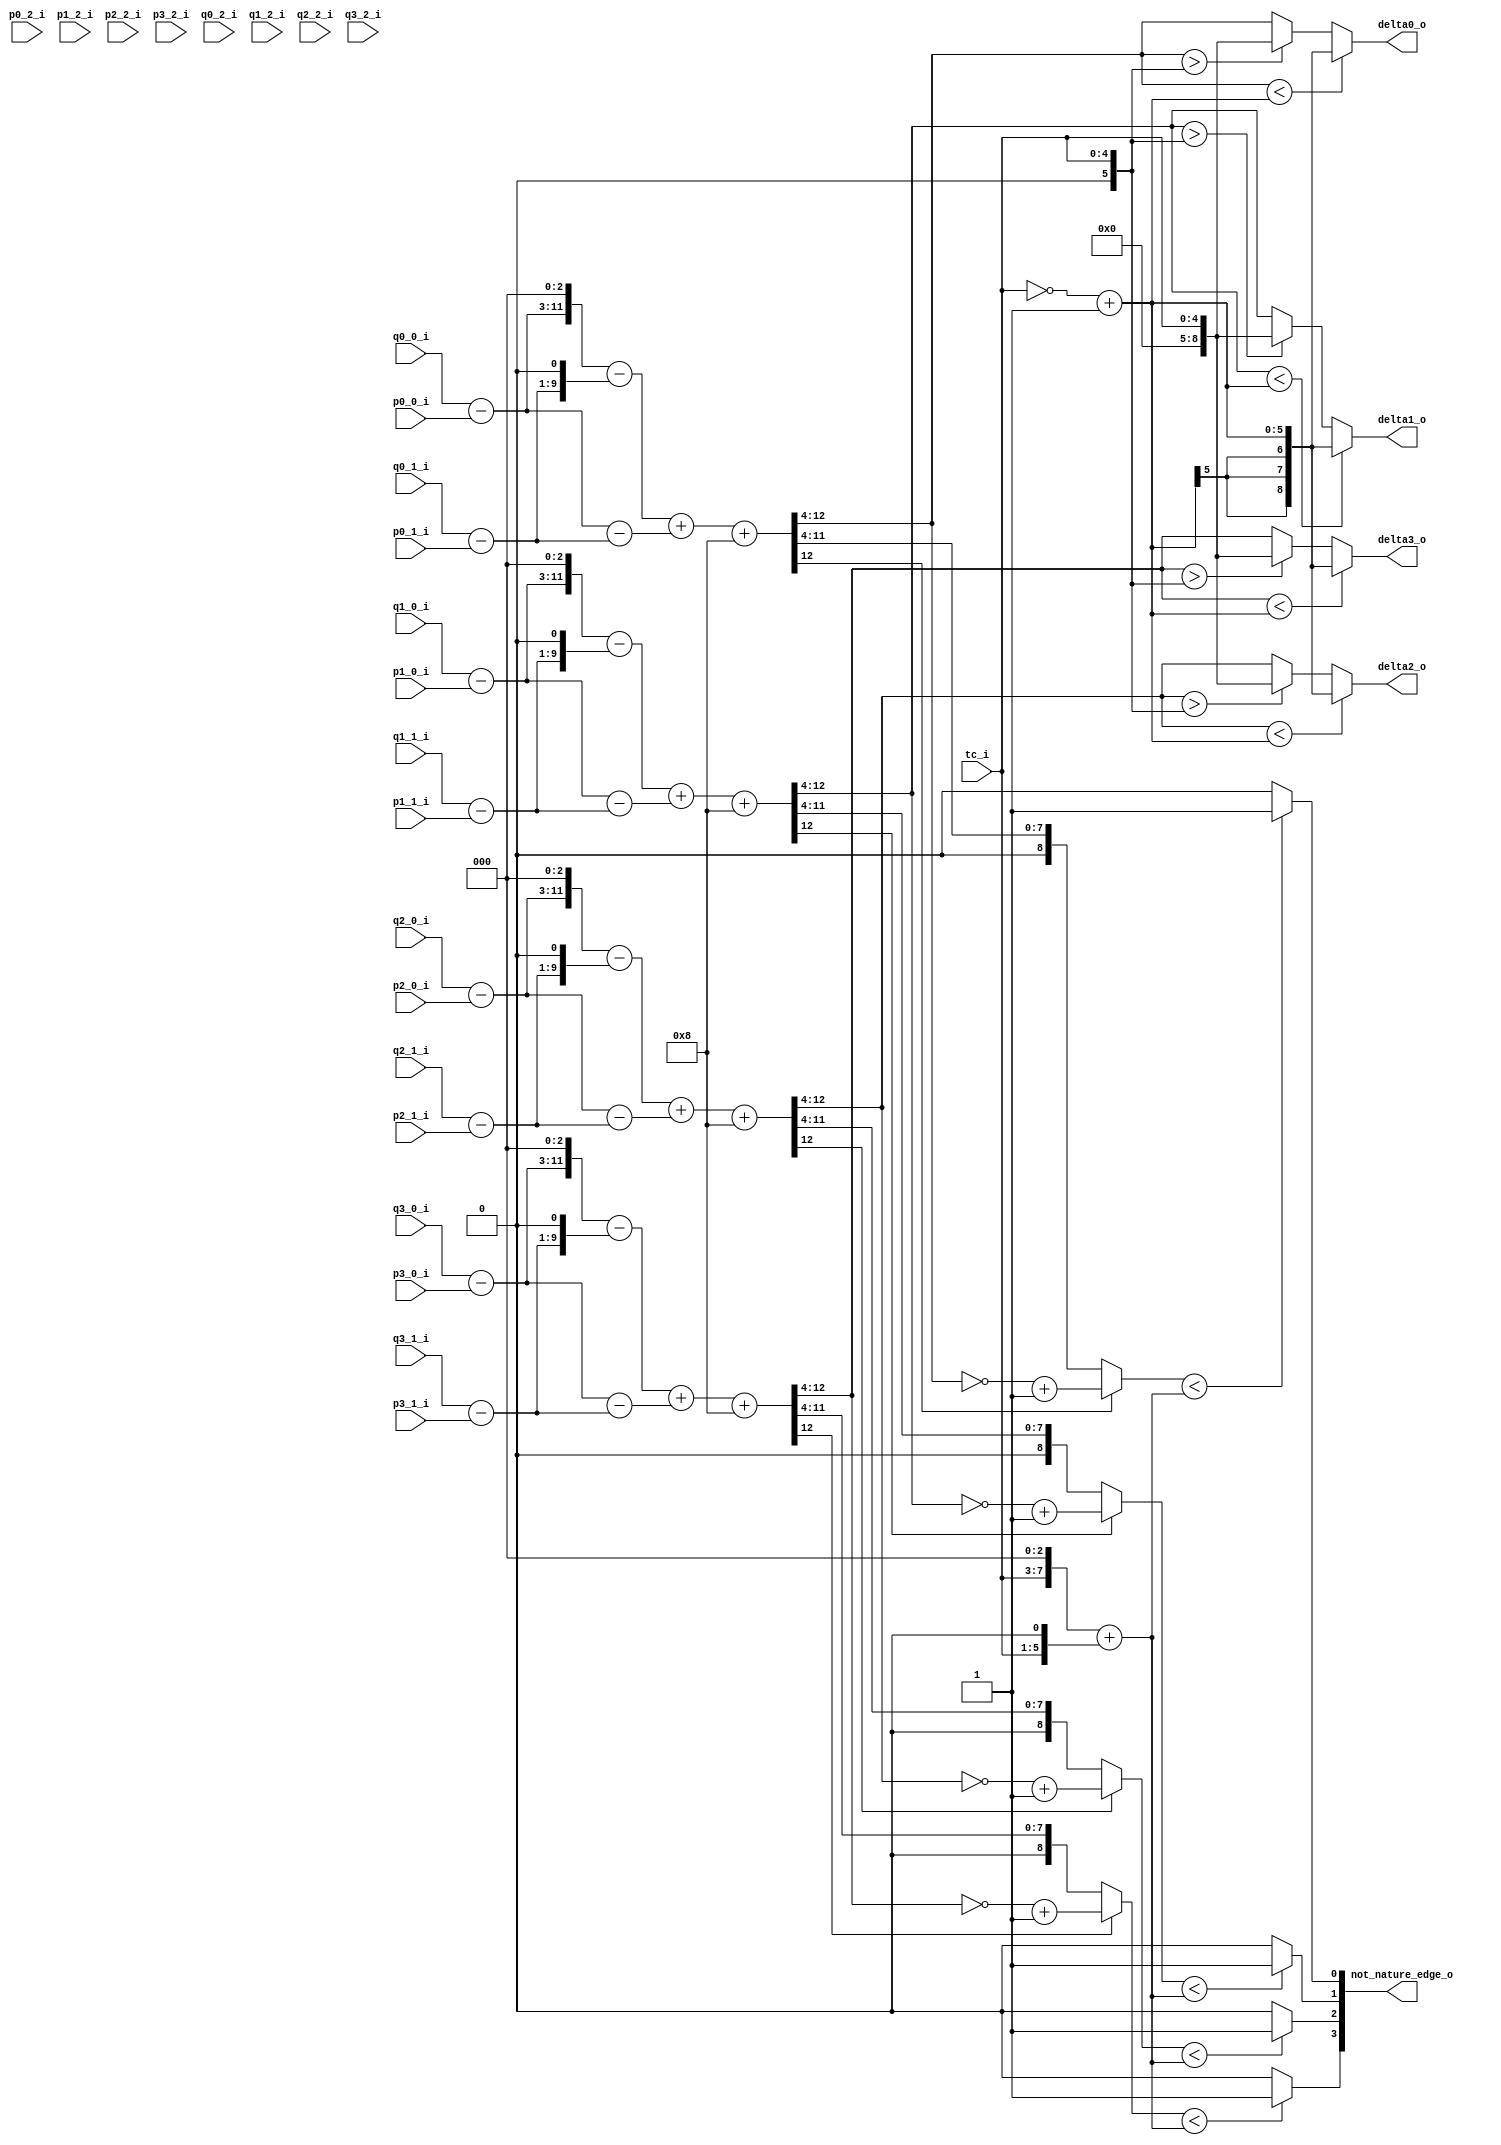
module db_normal_filter_1(
							tc_i,
							p0_0_i  ,  p0_1_i  ,  p0_2_i ,
							p1_0_i  ,  p1_1_i  ,  p1_2_i ,
							p2_0_i  ,  p2_1_i  ,  p2_2_i ,
							p3_0_i  ,  p3_1_i  ,  p3_2_i ,
							                             
							q0_0_i  ,  q0_1_i  ,  q0_2_i ,
							q1_0_i  ,  q1_1_i  ,  q1_2_i ,
							q2_0_i  ,  q2_1_i  ,  q2_2_i ,
							q3_0_i  ,  q3_1_i  ,  q3_2_i ,
							
							delta0_o ,
							delta1_o ,
							delta2_o ,
							delta3_o ,
							
							not_nature_edge_o   
							);
//-------------------------- -------------------------------------------------
//
//                        INPUT/OUTPUT DECLARATION 
//
//----------------------------------------------------------------------------
input [4:0] tc_i      ;

input [7:0] p0_0_i  ,  p0_1_i  ,  p0_2_i  ,
		    p1_0_i  ,  p1_1_i  ,  p1_2_i  ,
		    p2_0_i  ,  p2_1_i  ,  p2_2_i  ,
		    p3_0_i  ,  p3_1_i  ,  p3_2_i  ;
                                             
input [7:0] q0_0_i  ,  q0_1_i  ,  q0_2_i  ,
            q1_0_i  ,  q1_1_i  ,  q1_2_i  ,
            q2_0_i  ,  q2_1_i  ,  q2_2_i  ,
            q3_0_i  ,  q3_1_i  ,  q3_2_i  ;
		
output [8:0]  delta0_o	 	;
output [8:0]  delta1_o	 	;
output [8:0]  delta2_o	 	;
output [8:0]  delta3_o	 	;

output [3:0] not_nature_edge_o  ;

wire signed [8:0]  delta0_o  ;
wire signed [8:0]  delta1_o  ;
wire signed [8:0]  delta2_o  ;
wire signed [8:0]  delta3_o  ;
//---------------------------------------------------------------------------
//
//              COMBINATION  CIRCUIT:cacl amplitude
//
//----------------------------------------------------------------------------
wire signed [8:0]  p0_0_s_w  =  {1'b0 , p0_0_i } ;
wire signed [8:0]  p0_1_s_w  =  {1'b0 , p0_1_i } ;
wire signed [8:0]  p0_2_s_w  =  {1'b0 , p0_2_i } ;
wire signed [8:0]  p1_0_s_w  =  {1'b0 , p1_0_i } ;
wire signed [8:0]  p1_1_s_w  =  {1'b0 , p1_1_i } ;
wire signed [8:0]  p1_2_s_w  =  {1'b0 , p1_2_i } ;
wire signed [8:0]  p2_0_s_w  =  {1'b0 , p2_0_i } ;
wire signed [8:0]  p2_1_s_w  =  {1'b0 , p2_1_i } ;
wire signed [8:0]  p2_2_s_w  =  {1'b0 , p2_2_i } ;
wire signed [8:0]  p3_0_s_w  =  {1'b0 , p3_0_i } ;
wire signed [8:0]  p3_1_s_w  =  {1'b0 , p3_1_i } ;
wire signed [8:0]  p3_2_s_w  =  {1'b0 , p3_2_i } ;
                                                
wire signed [8:0]  q0_0_s_w  =  {1'b0 , q0_0_i } ;
wire signed [8:0]  q0_1_s_w  =  {1'b0 , q0_1_i } ;
wire signed [8:0]  q0_2_s_w  =  {1'b0 , q0_2_i } ;
wire signed [8:0]  q1_0_s_w  =  {1'b0 , q1_0_i } ;
wire signed [8:0]  q1_1_s_w  =  {1'b0 , q1_1_i } ;
wire signed [8:0]  q1_2_s_w  =  {1'b0 , q1_2_i } ;
wire signed [8:0]  q2_0_s_w  =  {1'b0 , q2_0_i } ;
wire signed [8:0]  q2_1_s_w  =  {1'b0 , q2_1_i } ;
wire signed [8:0]  q2_2_s_w  =  {1'b0 , q2_2_i } ;
wire signed [8:0]  q3_0_s_w  =  {1'b0 , q3_0_i } ;
wire signed [8:0]  q3_1_s_w  =  {1'b0 , q3_1_i } ;
wire signed [8:0]  q3_2_s_w  =  {1'b0 , q3_2_i } ;

wire [8:0] tc_mux_10 = (tc_i<<3) + (tc_i<<1) ;

wire signed  [5:0] tc_x = ~tc_i + 1'b1 ;
wire signed  [5:0] tc_y = {1'b0,tc_i};

//1 pixel filtered  
wire  signed [8:0]  qm_p00      =  q0_0_s_w - p0_0_s_w   ; 
wire  signed [8:0]  qm_p10      =  q1_0_s_w - p1_0_s_w   ; 
wire  signed [8:0]  qm_p20      =  q2_0_s_w - p2_0_s_w   ; 
wire  signed [8:0]  qm_p30      =  q3_0_s_w - p3_0_s_w   ; 

wire  signed [8:0]  qm_p01      =  q0_1_s_w - p0_1_s_w   ;
wire  signed [8:0]  qm_p11      =  q1_1_s_w - p1_1_s_w   ;
wire  signed [8:0]  qm_p21      =  q2_1_s_w - p2_1_s_w   ;
wire  signed [8:0]  qm_p31      =  q3_1_s_w - p3_1_s_w   ;

wire  signed [11:0] qm_p0_m_8_w = {qm_p00,3'b0}      ;
wire  signed [11:0] qm_p1_m_8_w = {qm_p10,3'b0}      ;
wire  signed [11:0] qm_p2_m_8_w = {qm_p20,3'b0}      ;
wire  signed [11:0] qm_p3_m_8_w = {qm_p30,3'b0}      ;

wire  signed [11:0] qm_p0_m_1_w = {{2{qm_p01[8]}},qm_p01,1'b0} ;
wire  signed [11:0] qm_p1_m_1_w = {{2{qm_p11[8]}},qm_p11,1'b0} ;
wire  signed [11:0] qm_p2_m_1_w = {{2{qm_p21[8]}},qm_p21,1'b0} ;
wire  signed [11:0] qm_p3_m_1_w = {{2{qm_p31[8]}},qm_p31,1'b0} ;

wire signed  [11:0] qm_p0_w     = qm_p0_m_8_w - qm_p0_m_1_w; 
wire signed  [11:0] qm_p1_w     = qm_p1_m_8_w - qm_p1_m_1_w;
wire signed  [11:0] qm_p2_w     = qm_p2_m_8_w - qm_p2_m_1_w;
wire signed  [11:0] qm_p3_w     = qm_p3_m_8_w - qm_p3_m_1_w;
  
wire signed  [8:0]  qm_q0_w     = qm_p00  -   qm_p01   ;
wire signed  [8:0]  qm_q1_w     = qm_p10  -   qm_p11   ;
wire signed  [8:0]  qm_q2_w     = qm_p20  -   qm_p21   ;
wire signed  [8:0]  qm_q3_w     = qm_p30  -   qm_p31   ;
   
wire signed  [11:0] qm_q0_e3_w  = {{3{qm_q0_w[8]}},qm_q0_w};
wire signed  [11:0] qm_q1_e3_w  = {{3{qm_q1_w[8]}},qm_q1_w};
wire signed  [11:0] qm_q2_e3_w  = {{3{qm_q2_w[8]}},qm_q2_w};
wire signed  [11:0] qm_q3_e3_w  = {{3{qm_q3_w[8]}},qm_q3_w};

wire signed  [12:0] delta0_w     = qm_p0_w + qm_q0_e3_w+8;
wire signed  [12:0] delta1_w     = qm_p1_w + qm_q1_e3_w+8;
wire signed  [12:0] delta2_w     = qm_p2_w + qm_q2_e3_w+8;
wire signed  [12:0] delta3_w     = qm_p3_w + qm_q3_e3_w+8;

wire  signed [8:0] delta0       =  delta0_w[12:4];
wire  signed [8:0] delta1       =  delta1_w[12:4];
wire  signed [8:0] delta2       =  delta2_w[12:4];
wire  signed [8:0] delta3       =  delta3_w[12:4];

//wire  signed [8:0] delta0   =  delta0_m[12:4] ;
//wire  signed [8:0] delta1   =  delta1_m[12:4] ;
//wire  signed [8:0] delta2   =  delta2_m[12:4] ;
//wire  signed [8:0] delta3   =  delta3_m[12:4] ;

wire [8:0]  delta0_abs  =  delta0[8]  ?  ( ~delta0 + 1'b1 ) : delta0 ;
wire [8:0]  delta1_abs  =  delta1[8]  ?  ( ~delta1 + 1'b1 ) : delta1 ;
wire [8:0]  delta2_abs  =  delta2[8]  ?  ( ~delta2 + 1'b1 ) : delta2 ;
wire [8:0]  delta3_abs  =  delta3[8]  ?  ( ~delta3 + 1'b1 ) : delta3 ;

assign not_nature_edge_o[0] = ( delta0_abs < tc_mux_10) ? 1'b1 : 1'b0 ;
assign not_nature_edge_o[1] = ( delta1_abs < tc_mux_10) ? 1'b1 : 1'b0 ;
assign not_nature_edge_o[2] = ( delta2_abs < tc_mux_10) ? 1'b1 : 1'b0 ;
assign not_nature_edge_o[3] = ( delta3_abs < tc_mux_10) ? 1'b1 : 1'b0 ;
   
assign delta0_o  = (delta0 <  tc_x ) ? tc_x : (delta0 > tc_y ? tc_y : delta0) ;
assign delta1_o  = (delta1 <  tc_x ) ? tc_x : (delta1 > tc_y ? tc_y : delta1) ;
assign delta2_o  = (delta2 <  tc_x ) ? tc_x : (delta2 > tc_y ? tc_y : delta2) ;
assign delta3_o  = (delta3 <  tc_x ) ? tc_x : (delta3 > tc_y ? tc_y : delta3) ;


endmodule